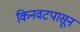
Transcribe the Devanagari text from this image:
किनवटपासून